Report of an investigation of the epidemic of malarial fever in Assam, or, kala-azar
Disease focus: Malaria
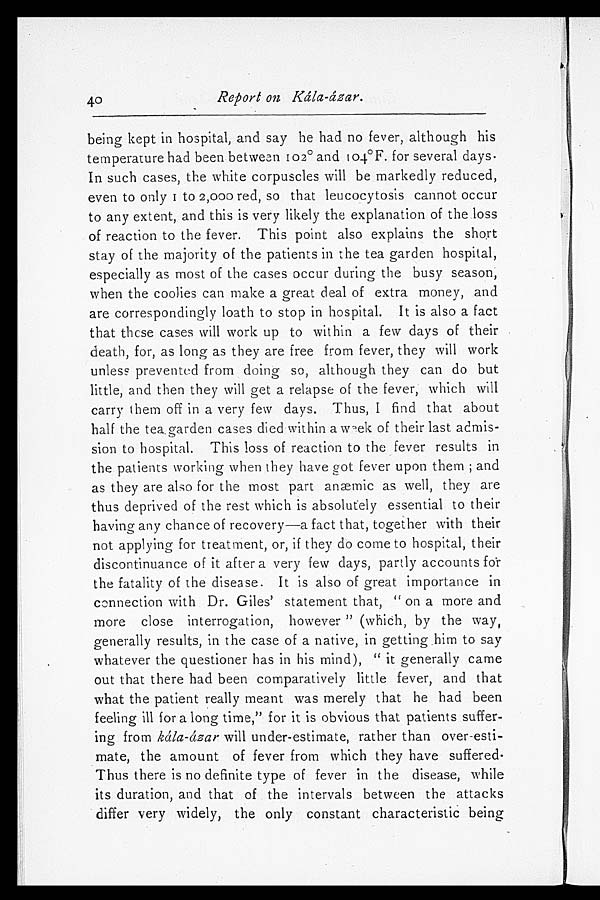
40
Report on Kála-ázar.
being kept in hospital, and say he had no fever, although his
temperature had been between 102° and 104°F. for several days.
In such cases, the white corpuscles will be markedly reduced,
e v e n t o o n l y 1 t o 2 , 0 0 0 r e d , s o t h a t l e u c o c y t o s i s c a n n o t o c c u r
to any extent, and this is very likely the explanation of the loss
of reaction to the fever. This point also explains the short
stay of the majority of the patients in the tea garden hospital,
especially as most of the cases occur during the busy season,
when the coolies can make a great deal of extra money, and
are correspondingly loath to stop in hospital. It is also a fact
that these cases will work up to within a few days of their
death, for, as long as they are free from fever, they will work
unless prevented from doing so, although they can do but
little, and then they will get a relapse of the fever, which will
carry them off in a very few days. Thus, I find that about
half the tea garden cases died within a week of their last admis
-sion to hospital. This loss of reaction to the fever results in
the patients working when they have got fever upon them; and
as they are also for the most part anæmic as well, they are
thus deprived of the rest which is absolutely essential to their
having any chance of recovery—a fact that, together with their
not applying for treatment, or, if they do come to hospital, their
discontinuance of it after a very few days, partly accounts for
the fatality of the disease. It is also of great importance in
connection with Dr. Giles' statement that, "on a more and
more close interrogation, however" (which, by the way,
generally results, in the case of a native, in getting him to say
whatever the questioner has in his mind), "it generally came
out that there had been comparatively little fever, and that
what the patient really meant was merely that he had been
feeling ill for a long time," for it is obvious that patients suffer
-ing from kála-ázar will under-estimate, rather than over-esti
-mate, the amount of fever from which they have suffered.
Thus there is no definite type of fever in the disease, while
its duration, and that of the intervals between the attacks
differ very widely, the only constant characteristic being